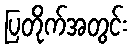
ပြတိုက်အတွင်း